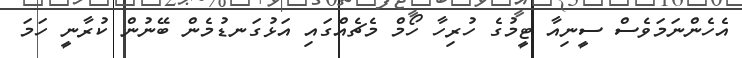
އެހެންނަމަވެސް ސީނިއާ ޓީމުގެ ހުރިހާ ހޯމް މެޗެއްގައި އަޅުގަނޑުމެން ބޭނުން ކުރާނީ ހަމަ